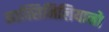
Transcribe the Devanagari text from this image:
माक्सिमिलियानो